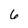
Character: 6